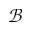
\mathcal { B }